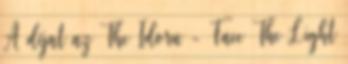
A díjat az The Idoru - Face The Light